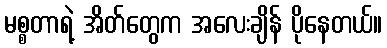
မစ္စတာရဲ့ အိတ်တွေက အလေးချိန် ပိုနေတယ်။